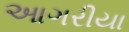
આગરીયા